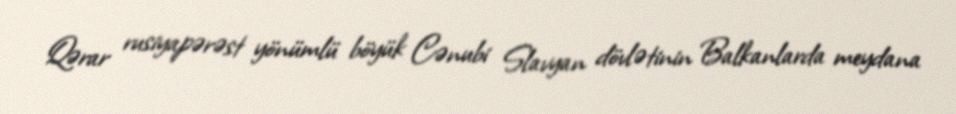
Qərar rusiyapərəst yönümlü böyük Cənubi Slavyan dövlətinin Balkanlarda meydana